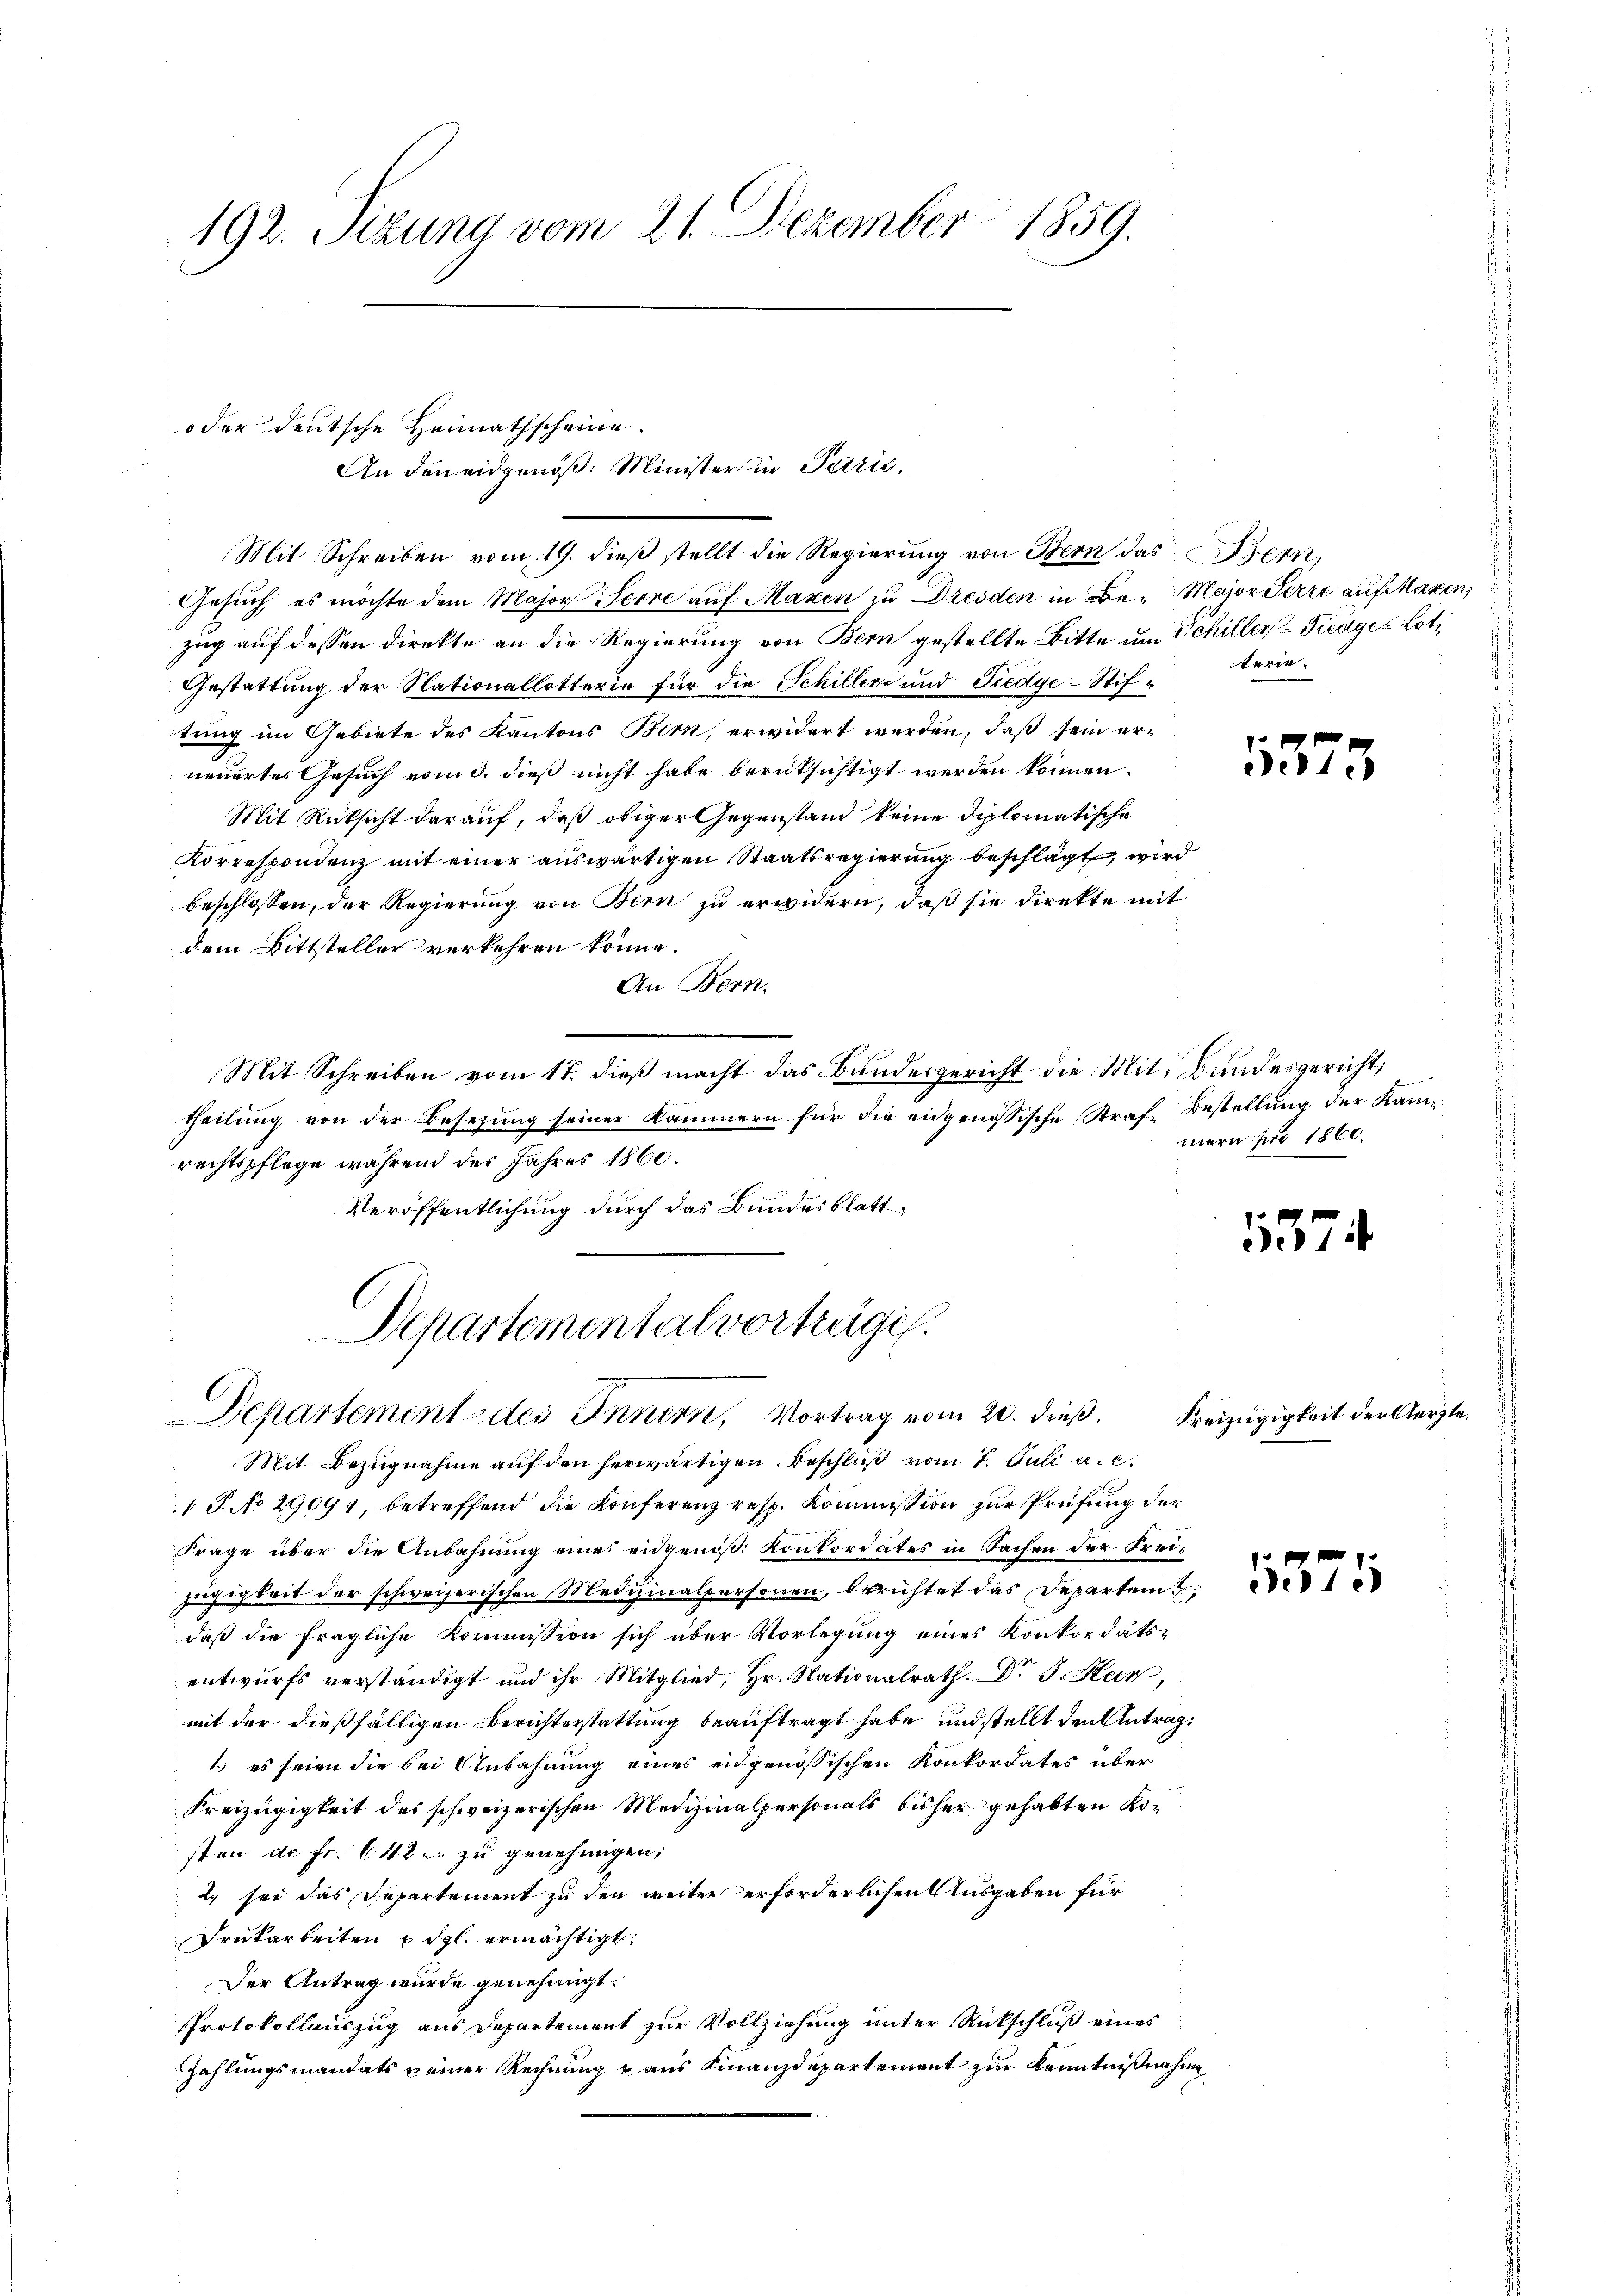
192. Sizung vom 21. Dezember 1859.

oder deutsche Heimathscheine.
Gesuch es möchte dem Major Herre auf Maxen zu Dresden in Be-Major Ferre auf Maren,
zug auf dessen direkte an die Regierung von Bern gestellte Bitte um Schiller. Fiedges Loti
Gestattung der Nationallotterie für die Schillers und Tiedge-Stiftung im Gebiete des Kantons Bern, erwidert werden, daß sein erneuertes Gesuch vom 3. dieß nicht habe berüksichtigt werden können.
Mit Rücksicht darauf, daß obiger Gegenstand keine diplomatische
Korrespondenz mit einer auswärtigen Staatsregierung beschlägt, wird
beschlossen, der Regierung von Bern zu erwidern, daß sie direkte mit
dem Bittsteller verkehren könne.
An Bern.
Mit Schreiben vom 17. dieß macht das Bundesgericht die Mit Bundesgericht,
theilung von der Besetzung seiner Kämmern für die eidgenössische Straf- Bestellung der Kamrechtspflege während des Jahres 1860.
Veröffentlichung durch das Bundesblatt¬
Departemental vorträge.
Departement des Innern, Vortrag vom 20. dieß.
Mit Bezugnahme auf den herwärtigen Beschluß vom 7. Juli a. c.
1 J. No 29091, betreffend die Konferenz resp. Kommission zur Prüfung der
Frage über die Anbahnung eines eidgeniß. Konkordates in Sachen der Freizügigkeit der schweizerischen Medizinalpersonen, berichtet das Departen
daß die fragliche Kommission sich über Vorlegung eines Konkordats-
entwurfs verständigt und ihr Mitglied, Hr. Stationalrath Dr J. Heer,
mit der dießfälligen Berichterstattung beauftragt habe und stellt den Antrag:
1) es seien die bei Anbahnung eines eidgenössischen Konkordates über
Freizügigkeit des schweizerischen Medizinalpersonals bisher gehabten Kosten de fr. 642 u. zu genehmigen,
2) sei das Departement zu den weiter erforderlichen Ausgaben für
Drekarbeiten p dgl. ermächtigt.
Der Antrag wurde genehmigt.
Protokollauszug aus Departement zur Vollziehung unter Rückschluß eines
Zahlungsmandats keiner Rechnung & aus Finanzdepartement zur Kenntnißnahme

An den eidgenöß: Minister in Parić,
Mit Schreiben vom 19. dieß stellt die Regierung von Bern das Bern,

terie

5573

mern pro 1860.

37

Freizügigkeit der Aerzte

5571